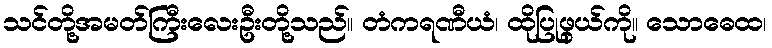
သင်တို့အမတ်ကြီးလေးဦးတို့သည်။ တံကရဏီယံ၊ ထိုပြုဖွယ်ကို။ သောဓေထ၊